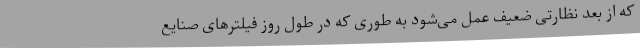
که از بعد نظارتی ضعیف عمل می‌شود به طوری که در طول روز فیلترهای صنایع